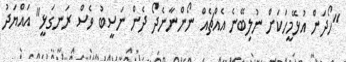
"ހޯދަން އުޅޭމީހަކަށް ނުލިބޭނެ އެއްޗެއް ނޯންނާނެދޯ ދެން ނަސީބު ވެސް ރަނގަޅީ" އައްޔަދު